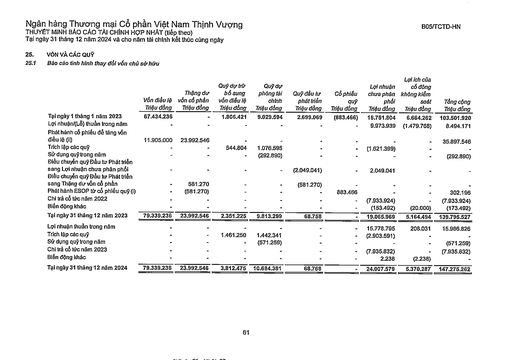
||Vốn điều lệ Triệu đồng|Thặng dư vốn cổ phần Triệu đồng|Quỹ dự trữ bổ sung vốn điều lệ Triệu đồng|Quỹ dự phòng tài chính Triệu đồng|Quỹ đầu tư phát triển Triệu đồng|Cổ phiếu quỹ Triệu đồng|Lợi nhuận chưa phân phối Triệu đồng|Lợi ích của cổ đông không kiểm soát Triệu đồng|Tổng cộng Triệu đồng| |---|---|---|---|---|---|---|---|---|---| |Tại ngày 1 tháng 1 năm 2023|67.434.236|-|1.806.421|9.029.594|2,699.069|(883.466)|16.751.804|6.664.262|103.501.920| |Lợi nhuận/(L) thuần trong năm|-|-|-|-|-|-|9.973.939|(1.479.768)|8.494.171| |Phát hành cổ phiếu để tăng vốn điều lệ (ii)|11.905.000|23.992.546|-|-|-|-|-|-|35.897.546| |Trích lập các quỹ|-|-|544.804|1.076.595|-|-|(1.621.399)|-|-| |Sử dụng quỹ trong năm|-|-|-|(292.890)|-|-|-|-|(292.890)| |Điều chuyển quỹ Đầu tư Phát triển sang Lợi nhuận chưa phân phối|-|-|-|-|(2.049.041)|-|2.049.041|-|-| |Điều chuyển quỹ Đầu tư Phát triển sang Thặng dư vốn cổ phần|-|581.270|-|-|(581.270)|-|-|-|-| |Phát hành ESOP từ cổ phiếu quỹ (i)|-|(581.270)|-|-|-|883.466|-|-|302.196| |Chi trả cổ tức năm 2022|-|-|-|-|-|-|(7.933.924)|-|(7.933.924)| |Biến động khác|-|-|-|-|-|-|(153.492)|(20.000)|(173.492)| |Tại ngày 31 tháng 12 năm 2023|79.339.236|23.992.546|2.351.225|9.813.299|68.758|-|19.065.969|5.164.494|139.795.527| |Lợi nhuận thuần trong năm|-|-|-|-|-|-|15.778.795|208.031|15.986.826| |Trích lập các quỹ|-|-|1.461.250|1.442.341|-|-|(2.903.591)|-|-| |Sử dụng quỹ trong năm|-|-|-|(571.259)|-|-|-|-|(571.259)| |Chi trả cổ tức năm 2023|-|-|-|-|-|-|(7.935.832)|-|(7.935.832)| |Biến động khác|-|-|-|-|-|-|2.238|(2.238)|-| |Tại ngày 31 tháng 12 năm 2024|79.339.236|23.992.546|3.812.475|10.684.381|68.758|-|24.007.579|5,370,287|147.275.262|